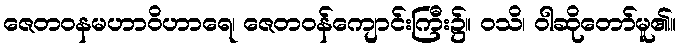
ဇေတဝနမဟာဝိဟာရေ၊ ဇေတဝန်ကျောင်းကြီး၌။ ဝသိ၊ ဝါဆိုတော်မူ၏။